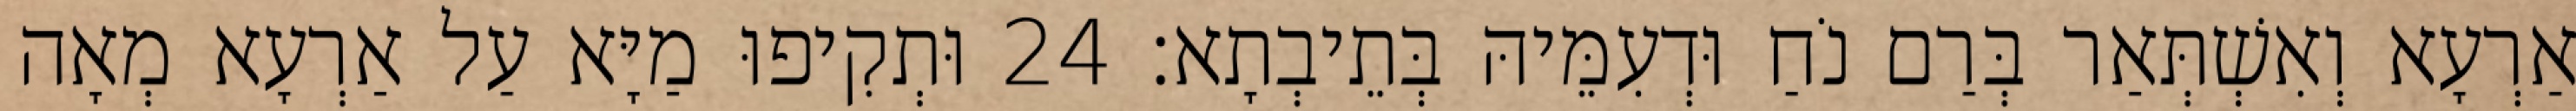
אַרְעָא וְאִשְׁתְּאַר בְּרַם נֹחַ וּדְעִמֵּיהּ בְּתֵיבְתָא׃ 24 וּתְקִיפוּ מַיָּא עַל אַרְעָא מְאָה